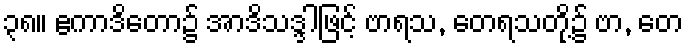
၃၈။ ဧကာဒိတော၌ အာဒိသဒ္ဒါဖြင့် ဗာရသ, တေရသတို့၌ ဗာ, တေ